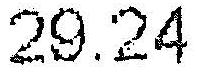
29.24